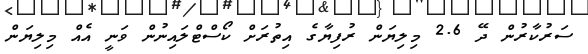
ސަރުކާރުން ދޭ 2.6 މިލިޔަން ރުފިޔާގެ އިތުރަށް ކޯސްޓްލައިނުން ވަނީ އެއް މިލިޔަން